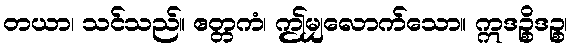
တယာ၊ သင်သည်။ ဧတ္တကံ၊ ဤမျှလောက်သော။ ဣဒဉ္စိဒဉ္စ၊